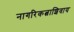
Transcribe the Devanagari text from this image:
नागरिकत्वाशिवाय